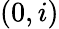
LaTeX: (0,i)